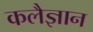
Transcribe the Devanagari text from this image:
कलैज्ञान